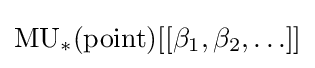
\operatorname {MU} _{*}({\text{point}})[[\beta _{1},\beta _{2},\ldots ]]